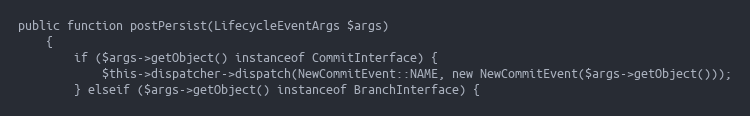
Language: PHP
public function postPersist(LifecycleEventArgs $args)
    {
        if ($args->getObject() instanceof CommitInterface) {
            $this->dispatcher->dispatch(NewCommitEvent::NAME, new NewCommitEvent($args->getObject()));
        } elseif ($args->getObject() instanceof BranchInterface) {